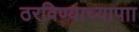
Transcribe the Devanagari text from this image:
ठरविण्याच्यापाा